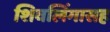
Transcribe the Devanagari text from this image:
शिवलिंगासह